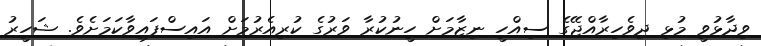
ވިދާޅުވީ މުޅި ދިވެހިރާއްޖޭގެ ސިއްހީ ނިޒާމަށް ހީނުކުރާ ވަރުގެ ކުރިއެރުމަށް އައިސްފައިވާކަމަށެވެ. ޝަހީރު